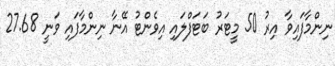
ނިންމާފައިވާ އިރު 50 މީޓަރު ބަޓަފްލައި އިވެންޓު އޭނާ ނިންމާފައި ވަނީ 27.68